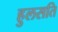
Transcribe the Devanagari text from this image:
हुलसति